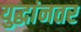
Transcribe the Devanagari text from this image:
युद्धांनतर